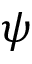
\psi